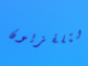
التلفزيون